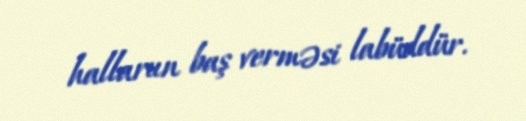
hallarıın baş verməsi labüddür.